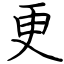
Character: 更